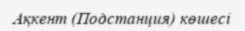
Ақкент (Подстанция) көшесі